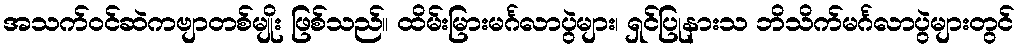
အသက်ဝင်ဆဲကဗျာတစ်မျိုး ဖြစ်သည်။ ထိမ်းမြားမင်္ဂလာပွဲများ၊ ရှင်ပြုနားသ ဘိသိက်မင်္ဂလာပွဲများတွင်